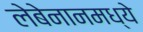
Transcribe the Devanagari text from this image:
लेबेनानमध्ये